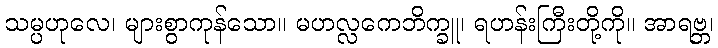
သမ္ပဟုလေ၊ များစွာကုန်သော။ မဟလ္လကေဘိက္ခူ၊ ရဟန်းကြီးတို့ကို။ အာရဗ္ဘ၊